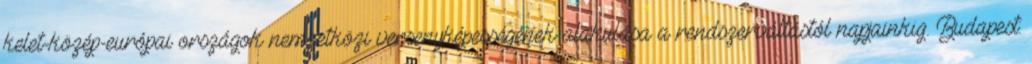
kelet-közép-európai országok nemzetközi versenyképességének alakulása a rendszerváltástól napjainkig. Budapest: